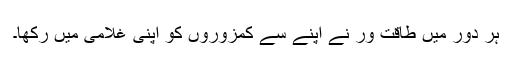
ہر دور میں طاقت ور نے اپنے سے کمزوروں کو اپنی غلامی میں رکھا۔